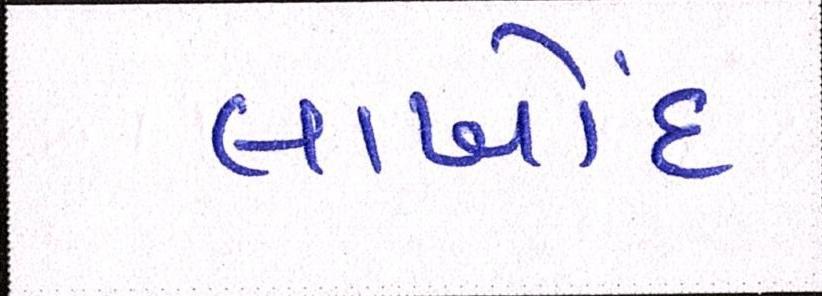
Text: લાખોંદ